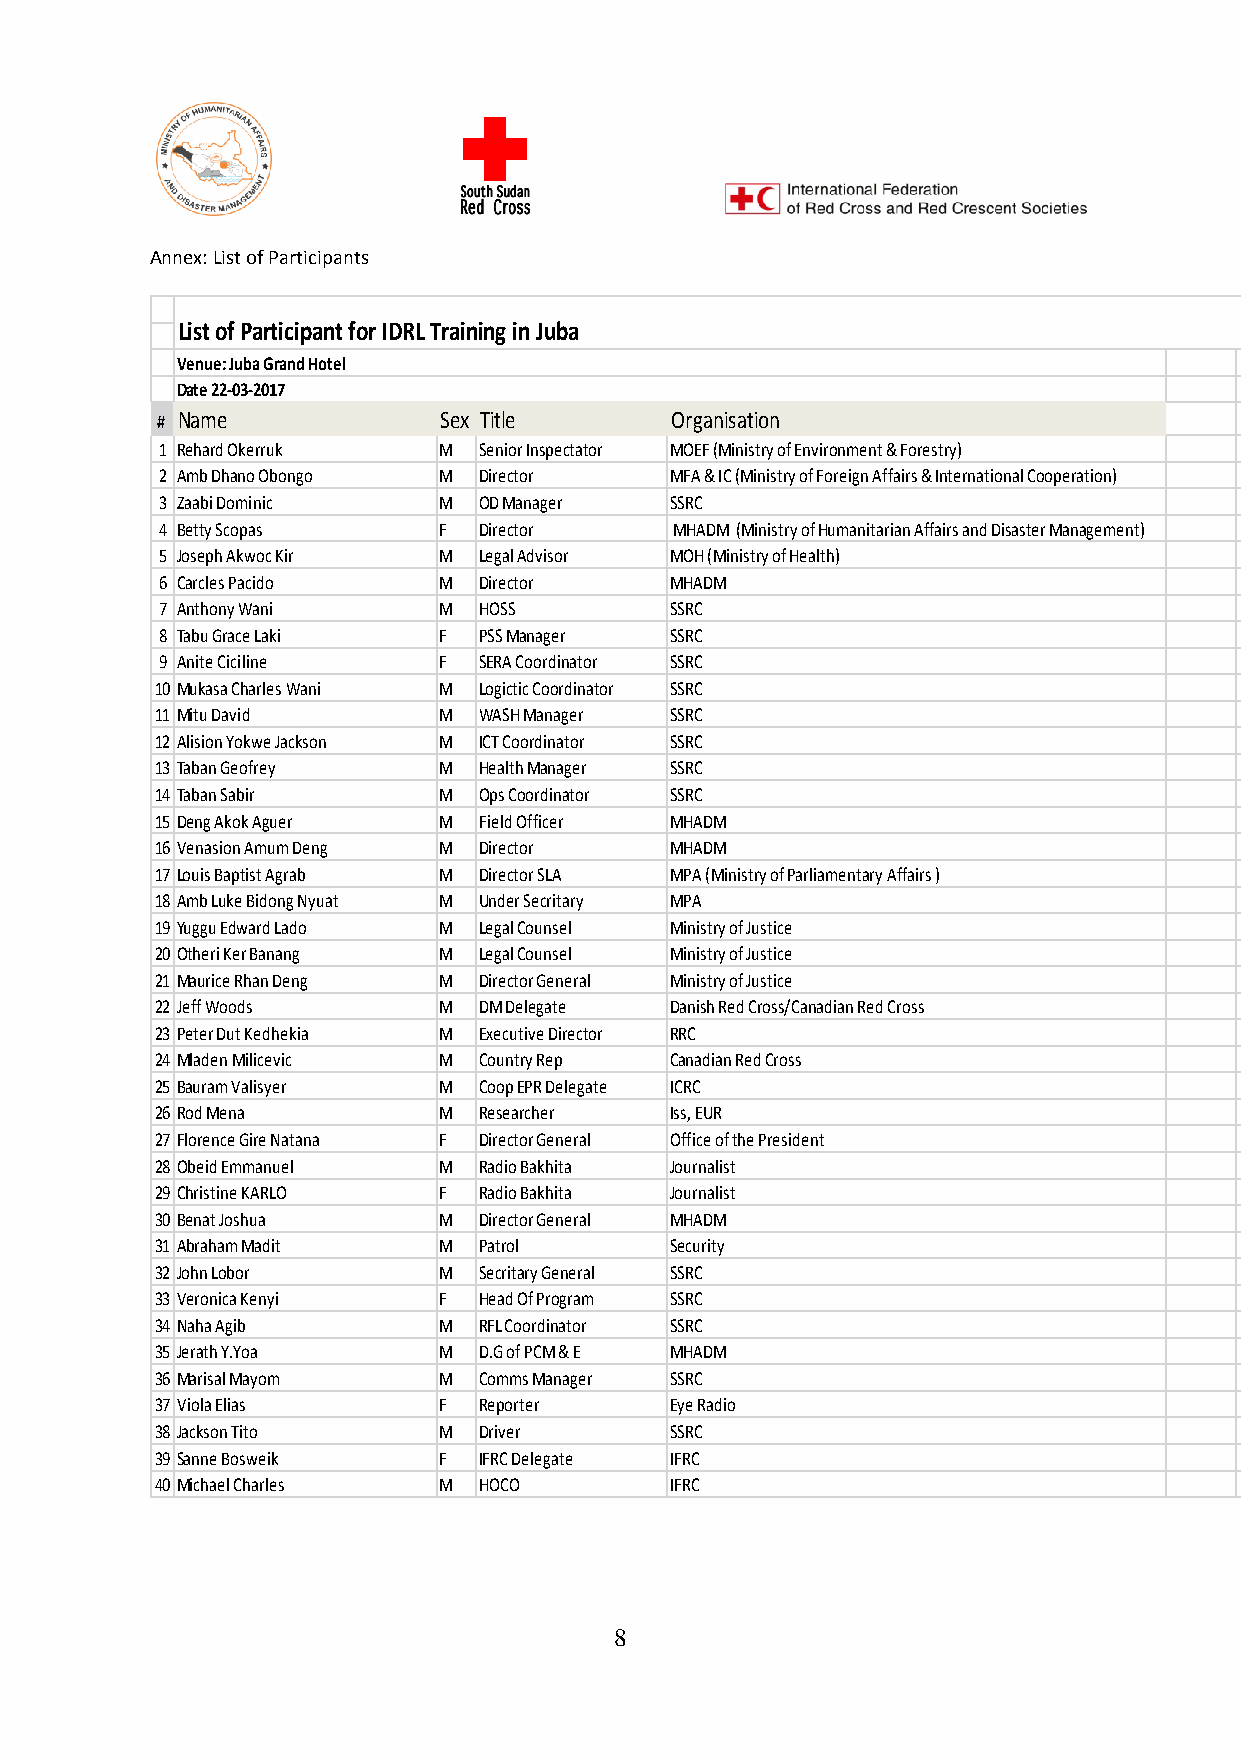
Annex: List of Participants
 List of Participant for IDRL Training in Juba
 Venue: Juba Grand Hotel
 Date 22-03-2017
 # Name             Sex Title      Organisation
 1 Rehard Okerruk  M  Senior Inspectator MOEF (Ministry of Environment & Forestry)
 2 Amb Dhano Obongo M Director    MFA & IC (Ministry of Foreign Affairs & International Cooperation)
 3 Zaabi Dominic   M  OD Manager  SSRC
 4 Betty Scopas    F  Director     MHADM (Ministry of Humanitarian Affairs and Disaster Management)
 5 Joseph Akwoc Kir M Legal Advisor MOH (Ministry of Health)
 6 Carcles Pacido  M  Director    MHADM
 7 Anthony Wani    M  HOSS        SSRC
 8 Tabu Grace Laki F  PSS Manager SSRC
 9 Anite Ciciline  F  SERA Coordinator SSRC
 10Mukasa Charles Wani M Logictic Coordinator SSRC
 11Mitu David       M  WASH Manager SSRC
 12Alision Yokwe Jackson M ICT Coordinator SSRC
 13Taban Geofrey    M  Health Manager SSRC
 14Taban Sabir      M  Ops Coordinator SSRC
 15Deng Akok Aguer  M  Field Officer MHADM
 16Venasion Amum Deng M Director   MHADM
 17Louis Baptist Agrab M Director SLA MPA (Ministry of Parliamentary Affairs )
 18Amb Luke Bidong Nyuat M Under Secritary MPA
 19Yuggu Edward Lado M Legal Counsel Ministry of Justice
 20Otheri Ker Banang M Legal Counsel Ministry of Justice
 21Maurice Rhan Deng M Director General Ministry of Justice
 22Jeff Woods       M  DM Delegate Danish Red Cross/Canadian Red Cross
 23Peter Dut Kedhekia M Executive Director RRC
 24Mladen Milicevic M  Country Rep Canadian Red Cross
 25Bauram Valisyer  M  Coop EPR Delegate ICRC
 26Rod Mena         M  Researcher  Iss, EUR
 27Florence Gire Natana F Director General Office of the President
 28Obeid Emmanuel   M  Radio Bakhita Journalist
 29Christine KARLO  F  Radio Bakhita Journalist
 30Benat Joshua     M  Director General MHADM
 31Abraham Madit    M  Patrol      Security
 32John Lobor       M  Secritary General SSRC
 33Veronica Kenyi   F  Head Of Program SSRC
 34Naha Agib        M  RFL Coordinator SSRC
 35Jerath Y.Yoa     M  D.G of PCM & E MHADM
 36Marisal Mayom    M  Comms Manager SSRC
 37Viola Elias      F  Reporter    Eye Radio
 38Jackson Tito     M  Driver      SSRC
 39Sanne Bosweik    F  IFRC Delegate IFRC
 40Michael Charles  M  HOCO        IFRC
 8